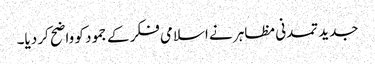
جدید تمدنی مظاہر نے اسلامی فکر کے جمود کو واضح کر دیا۔